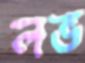
লভ